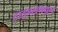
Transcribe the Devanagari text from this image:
टाइम्समधून